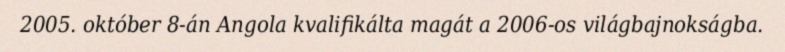
2005. október 8-án Angola kvalifikálta magát a 2006-os világbajnokságba.